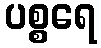
ပစ္စရေ